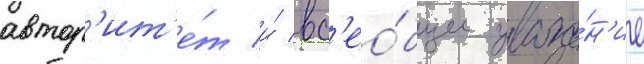
автор'ит'е́т и́ вс'ео́бщее уваже́н'ие